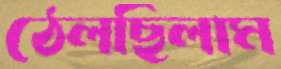
ঠেলছিলাম